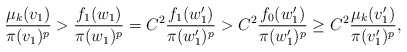
\begin{align*}\frac{\mu_k(v_{1})}{\pi(v_{1})^p} > \frac{f_{1}(w_{1})}{\pi(w_{1})^p} = C^2 \frac{f_{1}(w_{1}')}{\pi(w_{1}')^p} > C^2 \frac{f_0(w_{1}')}{\pi(w_{1}')^p} \ge C^2 \frac{\mu_k(v_{1}')}{\pi(v_{1}')^p},\end{align*}